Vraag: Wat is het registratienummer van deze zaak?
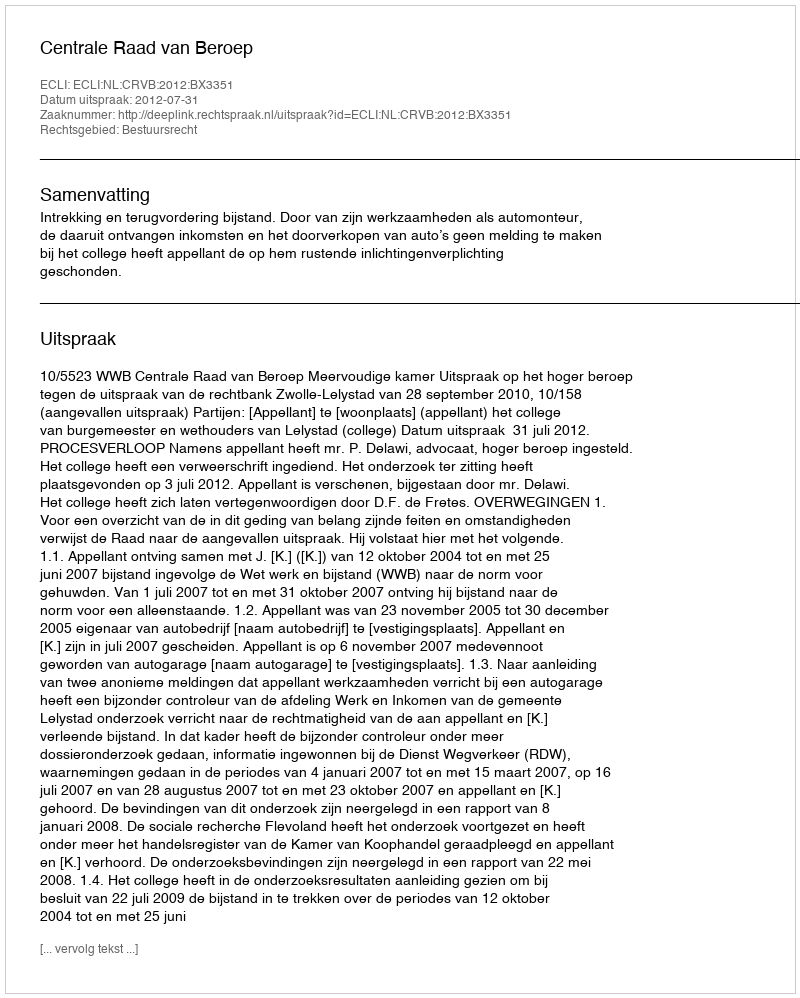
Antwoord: http://deeplink.rechtspraak.nl/uitspraak?id=ECLI:NL:CRVB:2012:BX3351